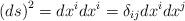
LaTeX: \begin{align*}\left(ds\right)^{2}=dx^{i}dx^{i}=\delta_{ij}dx^{i}dx^{j}\end{align*}